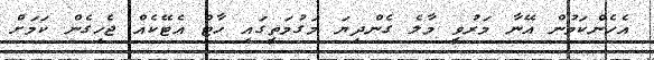
އެހެންކަމުން އޭނާ މަރުވީ މާލެ ގެންދިޔަ މަގުމަތީގައި ހާޓް އެޓޭކެއް ޖެހިގެން ކަމަށް